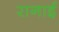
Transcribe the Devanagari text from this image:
रानाई